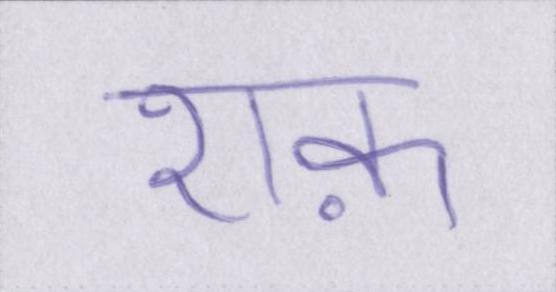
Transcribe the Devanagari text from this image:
शक़